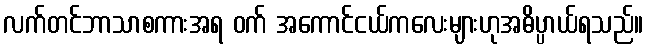
လက်တင်ဘာသာစကားအရ ဝက် အကောင်ငယ်ကလေးများဟုအဓိပ္ပာယ်ရသည်။